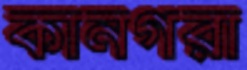
কানগরা